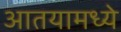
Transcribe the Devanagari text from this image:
आतयामध्ये